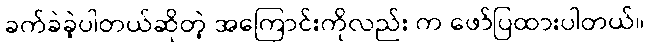
ခက်ခဲခဲ့ပါတယ်ဆိုတဲ့ အကြောင်းကိုလည်း က ဖော်ပြထားပါတယ်။